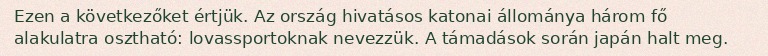
Ezen a következőket értjük. Az ország hivatásos katonai állománya három fő alakulatra osztható: lovassportoknak nevezzük. A támadások során japán halt meg.